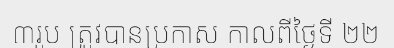
៣រូប ត្រូវបានប្រកាស កាលពីថ្ងៃទី ២២